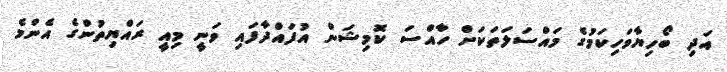
އަދި ބޯހިޔާވަހިކަމުގެ މައްސަލަތަކަށް ހާއްސަ ކޮމިޝަން އުފައްދާފައި ވަނީ މިއީ ރައްޔިތުންގެ އެންމެ